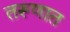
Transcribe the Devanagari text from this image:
तरूणात